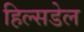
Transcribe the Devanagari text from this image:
हिल्सडेल